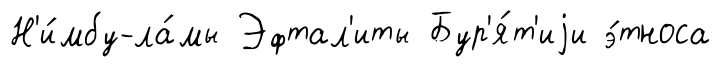
Н'и́мбу-ла́мы Эфтал'иты Бур'я́т'иjи э́тноса